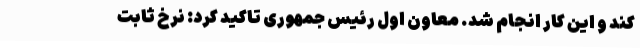
کند و این کار انجام شد. معاون اول رئیس جمهوری تاکید کرد: نرخ ثابت